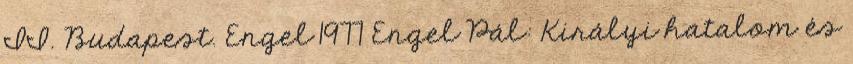
II. Budapest. Engel 1977 Engel Pál: Királyi hatalom és